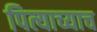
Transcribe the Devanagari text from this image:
पित्याच्याच